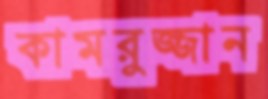
কামরুজ্জান